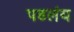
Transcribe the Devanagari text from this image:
पडलंय